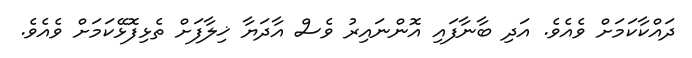
ދައްކާކަމަށް ވެއެވެ. އަދި ބާނާފައި އޮންނައިރު ވެސް އާދަޔާ ޚިލާފަށް ތެޅިފޮޅޭކަމަށް ވެއެވެ.